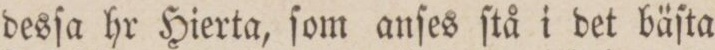
desſa hr Hierta, ſom anſes ſtå i det bäſta